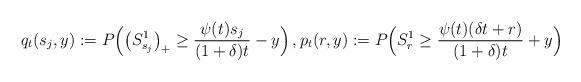
LaTeX: \begin{align*}q_t(s_j,y) := P\Big( \big( S_{s_j}^1\big)_+ \ge \frac{\psi(t) s_j}{(1+\delta) t} - y \Big) \,, p_t(r,y) := P \Big( S_{r}^1 \ge \frac{\psi(t) (\delta t + r)}{(1+\delta)t} + y \Big) \,\end{align*}